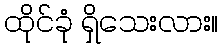
ထိုင်ခုံ ရှိသေးလား။